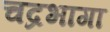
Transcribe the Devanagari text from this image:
चद्रभागा